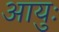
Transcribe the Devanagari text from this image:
आयुः